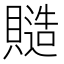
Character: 𧷹